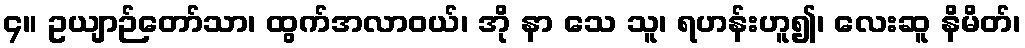
၄။ ဥယျာဉ်တော်သာ၊ ထွက်အလာဝယ်၊ အို နာ သေ သူ၊ ရဟန်းဟူ၍၊ လေးဆူ နိမိတ်၊